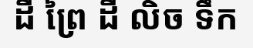
ដី ព្រៃ ដី លិច ទឹក